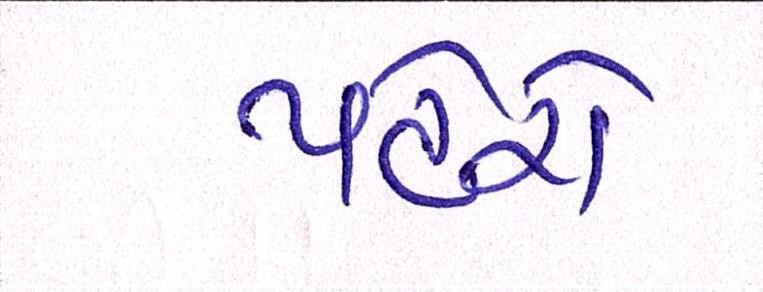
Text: પહેરો